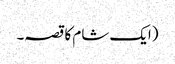
(ایک شام کا قصہ۔